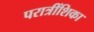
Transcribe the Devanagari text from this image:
परात्रींशिका